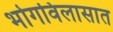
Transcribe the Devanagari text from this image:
भोगविलासात